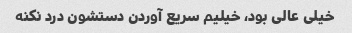
خیلی عالی بود، خیلیم سریع آوردن دستشون درد نکنه